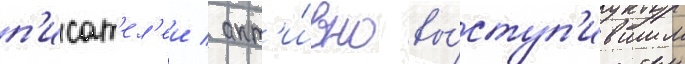
п'исат'ел'еи / акт'и́вно вы́ступ'ившим